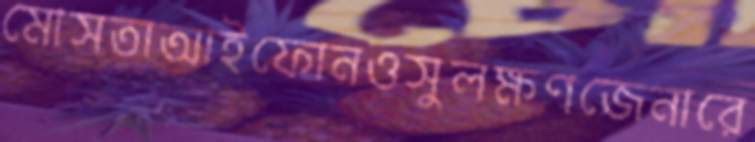
মোসতাআইফোনওসুলক্ষণজেনারে